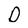
Character: O